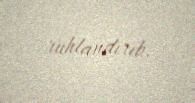
ruhlandırıb.